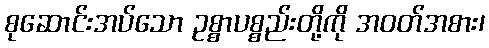
စုဆောင်းအပ်သော ဥစ္စာပစ္စည်းတို့ကို အဝတ်အစား၊